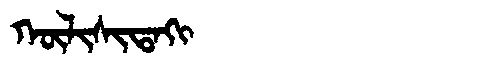
Manchu: ᡴᡡᠯᡳᠰᡳᡨᠠᡴᡳ
Romanization: KŪLISITAKI